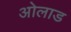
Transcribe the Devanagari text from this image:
ओलाड